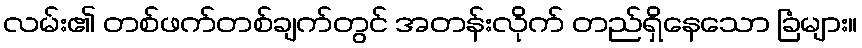
လမ်း၏ တစ်ဖက်တစ်ချက်တွင် အတန်းလိုက် တည်ရှိနေသော ခြံများ။